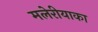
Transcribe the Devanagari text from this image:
मलेरीयाका